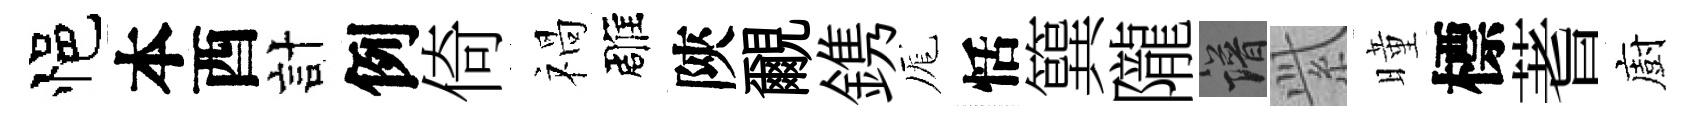
悒本酉計例倚禍雕陝覼鎸厖恬簨隴譜𬗋曈標蓍廚